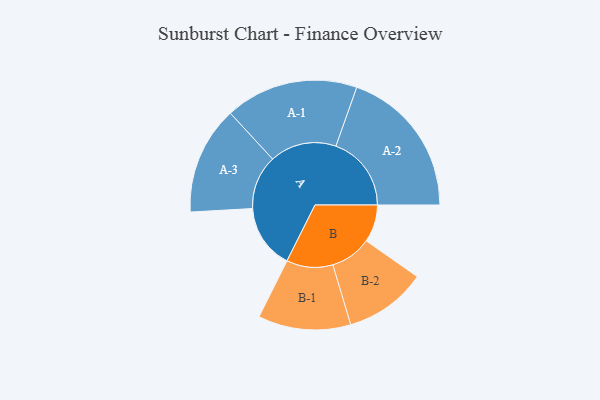
{"axis": {"x": "Segment", "y": "Value"}, "legend": ["", "A", "B"], "data": [{"x": "A", "y": 232, "type": ""}, {"x": "B", "y": 135, "type": ""}, {"x": "A-1", "y": 240, "type": "A"}, {"x": "A-2", "y": 272, "type": "A"}, {"x": "A-3", "y": 195, "type": "A"}, {"x": "B-1", "y": 167, "type": "B"}, {"x": "B-2", "y": 148, "type": "B"}]}